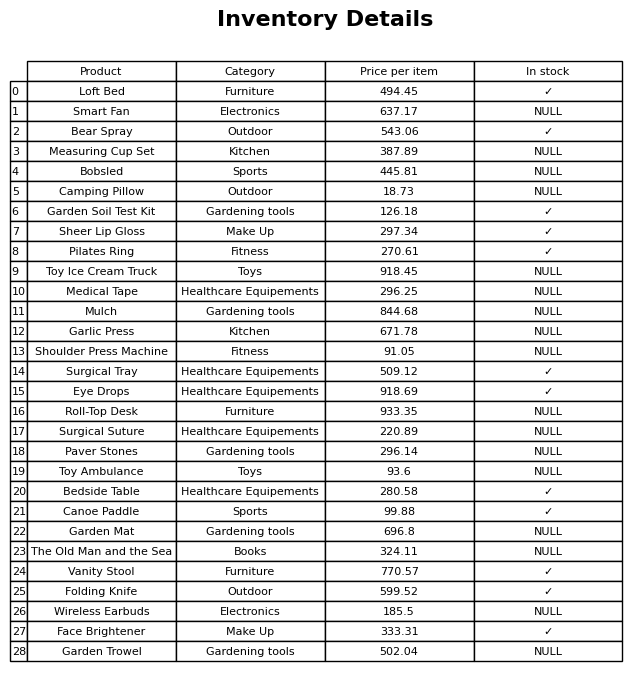
question: What is the price of the Wireless Earbuds?
answer: The price of Wireless Earbuds is 185.5.